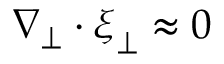
\nabla _ { \perp } \cdot \boldsymbol { \xi } _ { \perp } \approx 0